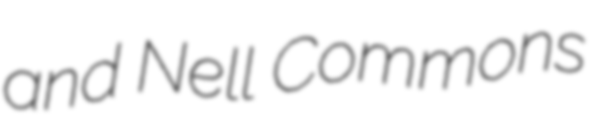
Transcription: and Nell Commons